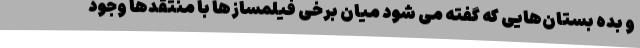
و بِده بستان‌هایی که گفته می شود میان برخی فیلمسازها با منتقدها وجود